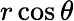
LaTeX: r\cos\theta